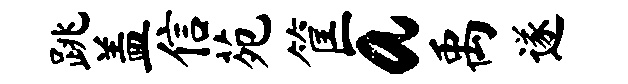
跳盖信苑筐a禹遂